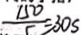
\frac { 1 5 0 } { 5 } = 3 0 s